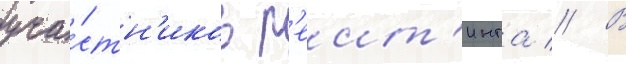
уча́стн'иков р'еит'инга // В